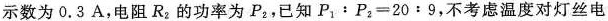
示数为0.3A，电阻R_{2}的功率为P_{2}，已知$$P_{1}:P_{2}=20:9$$，不考虑温度对灯丝电